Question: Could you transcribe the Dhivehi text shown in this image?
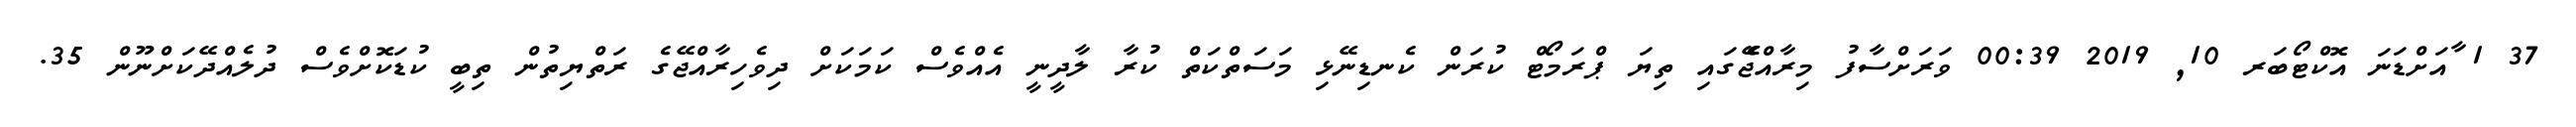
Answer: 37 1 ާއަށްޑަނަ އޮކްޓޯބަރ 10, 2019 00:39 ވަރަށްސާފު މިރާއްޖެެޭގައި ތިޔަ ޕްރަމޯޓް ކުރަން ކެނޑިނޭޅި މަސަތްކަތް ކުރާ ލާދީނީ އެއްވެސް ކަމަކަށް ދިވެހިރާއްޖޭގެ ރަތްޔިތުން ތިބީ ކުޑަކޮށްވެސް ދުލެއްދޭކަށްނޫން 35.